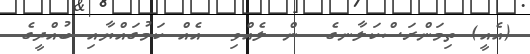
(އެއީ) ތިމަންރަސްކަލާނގެ  ން ލެއްވި  އެއް ކަމުގައްޔާއި ބުއްދީގެ